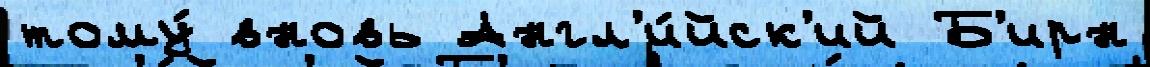
тому́ вновь Англ'и́йск'ий Б'ирн